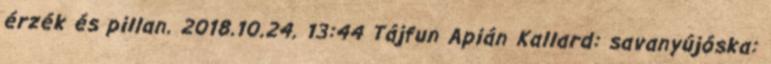
érzék és pillan. 2018.10.24. 13:44 Tájfun Apián Kallard: savanyújóska: